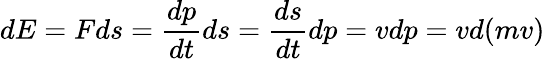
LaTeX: dE=Fds={\frac{dp}{dt}}ds={\frac{ds}{dt}}dp=vdp=vd(mv)